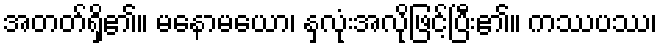
အတတ်ရှိ၏။ မနောမယော၊ နှလုံးအလိုဖြင့်ပြီး၏။ ကဿပဿ၊